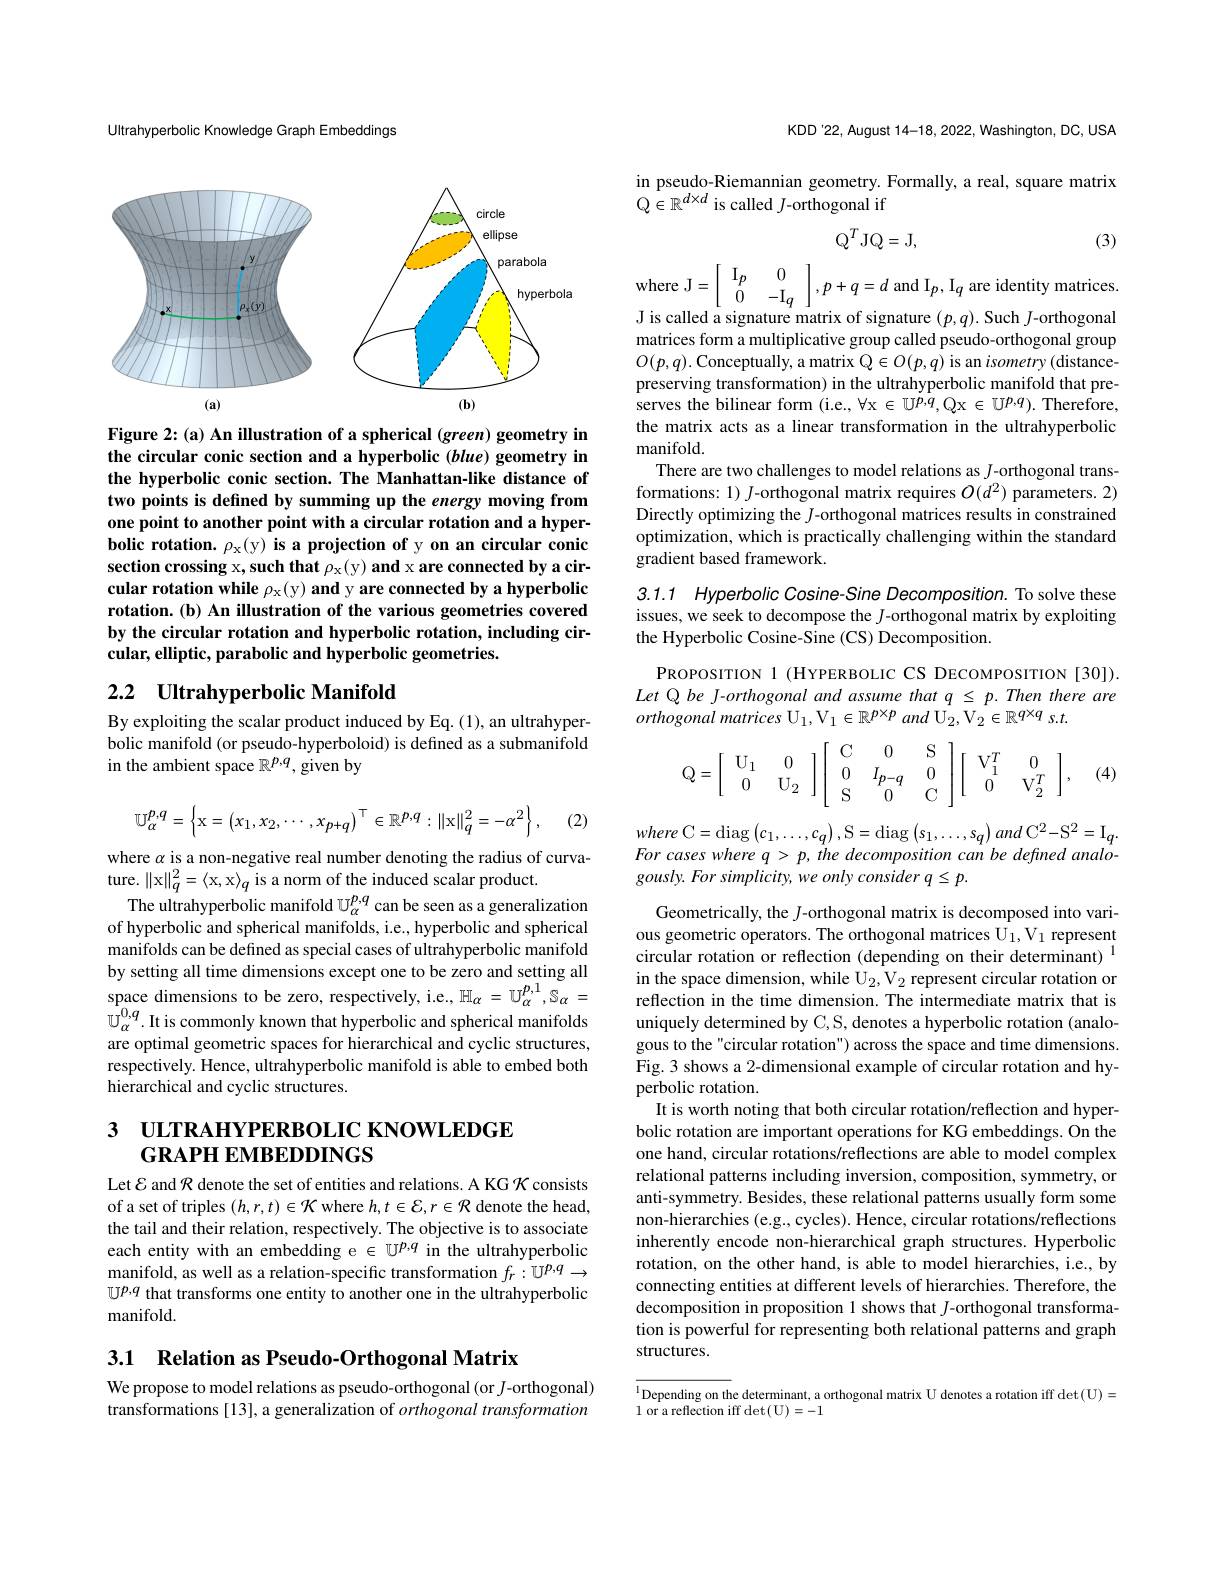
KDD'22, August 14-18, 2022, Washington, DC, USA

in pseudo-Riemannian geometry. Formally, a real, square matrix
$Q\in\mathbb{R}^{d\times d}$ is called $J$-orthogonal if
$$\mathrm{Q}^{T}\mathrm{JQ}=\mathrm{J},$$
(3)

Ultrahyperbolic Knowledge Graph Embeddings

<FigureHere>

Figure 2: (a) An illustration of a spherical (green) geometry in the circular conic section and a hyperbolic (blue) geometry in the hyperbolic conic section. The Manhattan-like distance of two points is defined by summing up the energy moving from one point to another point with a circular rotation and a hyperbolic rotation. $\rho_\mathrm{x}($y) is a projection of y on an circular conic section crossing x, such that $\rho_{\mathrm{x}}($y) and x are connected by a circular rotation while $\rho_{\mathrm{x}}($y) and y are connected by a hyperbolic rotation.(b) An illustration of the various geometries covered by the circular rotation and hyperbolic rotation, including circular, elliptic, parabolic and hyperbolic geometries.

## 2.2 Ultrahyperbolic Manifold

By exploiting the scalar product induced by Eq. (1), an ultrahyperbolic manifold (or pseudo-hyperboloid) is defined as a submanifold in the ambient space $\mathbb{R}^{p,q}$, given by
$$\mathbb{U}_{\alpha}^{p,q}=\left\{\mathrm x=\left(x_1,x_2,\cdots,x_{p+q}\right)^\top\in\mathbb{R}^{p,q}:\|\mathrm x\|_q^2=-\alpha^2\right\},$$
(2)

where $\alpha$ is a non-negative real number denoting the radius of curva-
ture. $\|$x$\|_q^2=\langle$x, x$\rangle_q$ is a norm of the induced scalar product.
The ultrahyperbolic manifold $\mathbb{U}_\alpha^{p,q}$ can be seen as a generalization of hyperbolic and spherical manifolds, i.e., hyperbolic and spherical manifolds can be defined as special cases of ultrahyperbolic manifold by setting all time dimensions except one to be zero and setting all $\underset{0}{\operatorname*{space}}$ dimensions to be zero, respectively, i.e., $\mathbb H_\alpha=U_\alpha^{p,1},\mathbb{S}_\alpha=$ $\dot{\mathbb{U}}_\alpha^{0,q}.$ It is commonly known that hyperbolic and spherical manifolds are optimal geometric spaces for hierarchical and cyclic structures, respectively. Hence, ultrahyperbolic manifold is able to embed both hierarchical and cyclic structures.

# 3 ULTRAHYPERBOLIC KNOWLEDGE GRAPH EMBEDDINGS

Let $\mathcal{E}$ and $\mathcal{R}$ denote the set of entities and relations. A KG $\mathcal{K}$ consists of a set of triples $(h,r,t)\in\mathcal{K}$ where $h,t\in\mathcal{E},r\in\mathcal{R}$ denote the head, the tail and their relation, respectively. The objective is to associate each entity with an embedding e $\in\mathbb{U}^{p,q}$ in the ultrahyperbolic manifold, as well as a relation-specific transformation $f_r:\mathbb{U}^{p,q}\to$ $\mathbb{U}^{p,q}$ that transforms one entity to another one in the ultrahyperbolic manifold.

3.1 Relation as Pseudo-Orthogonal Matrix

We propose to model relations as pseudo-orthogonal (or $J$-orthogonal) transformations [13], a generalization of orthogonal transformation

where J$=\left[\begin{array}{cc}{\mathrm{I}}p&{0}\\{0}&{-\mathrm{I}}q\end{array}\right],p+q=d$ and $\mathrm{I}_p,\mathrm{I}_q$ are identity matrices J is called a signature matrix of signature $(p,q).$ Such $J$-orthogonal matrices form a multiplicative group called pseudo-orthogonal group $O(p,q).$ Conceptually, a matrix Q$\in O(p,q)$ is an isometry(distancepreserving transformation) in the ultrahyperbolic manifold that preserves the bilinear form (i.e., $\forall$x$\in \mathbb{U} ^p, q$,Qx$\in \mathbb{U} ^{p, q}) .$ Therefore, the matrix acts as a linear transformation in the ultrahyperbolic manifold
There are two challenges to model relations as J-orthogonal transformations: 1) $J$-orthogonal matrix requires $O(d^2)$ parameters. 2) Directly optimizing the $J$-orthogonal matrices results in constrained optimization, which is practically challenging within the standard gradient based framework.

3.1.1 Hyperbolic Cosine-Sine Decomposition. To solve these issues, we seek to decompose the $J$-orthogonal matrix by exploiting the Hyperbolic Cosine-Sine (CS) Decomposition.

PROPOSITION 1 (HYPERBOLIC CS DECOMPOSITION[30]). Let Q be J-orthogonal and assume that $q\leq p.Then$ there are orthogonal matrices U$_1,\mathrm{V}_1\in\mathbb{R}^{p\times p}$ and U$_2,\mathrm{V}_2\in\mathbb{R}^{q\times q}$ s.t.

(4)
$$\mathrm Q=\left[\begin{array}{cc}\mathrm U_1&0\\0&\mathrm U_2\end{array}\right]\left[\begin{array}{ccc}\mathrm C&0&\mathrm S\\0&I_{p-q}&0\\\mathrm S&0&\mathrm C\end{array}\right]\left[\begin{array}{ccc}\mathrm V_1^T&0\\0&\mathrm V_2^T\end{array}\right],$$
where C=diag$\left(c_{1},\ldots,c_{q}\right)$,S=diag$\left ( s_{1}, \ldots , s_{q}\right ) and$ $\mathrm{C} ^{2}- \mathrm{S} ^{2}=$I$q.$ For cases where $q>p,the$ decomposition can be defined analogously. For simplicity, we only consider q = p.

Geometrically, the $J$-orthogonal matrix is decomposed into various geometric operators. The orthogonal matrices U$_1,\mathrm{V}_1$ represent circular rotation or reflection (depending on their determinant) $^{1}$ in the space dimension, while $\mathrm{U}_2,\mathrm{V}_2$ represent circular rotation or reflection in the time dimension. The intermediate matrix that is uniquely determined by C,S, denotes a hyperbolic rotation (analogous to the"circular rotation") across the space and time dimensions. Fig. 3 shows a 2-dimensional example of circular rotation and hyperbolic rotation
It is worth noting that both circular rotation/reflection and hyperbolic rotation are important operations for KG embeddings. On the one hand, circular rotations/reflections are able to model complex relational patterns including inversion, composition, symmetry, or anti-symmetry. Besides, these relational patterns usually form some non-hierarchies (e.g., cycles). Hence, circular rotations/reflections inherently encode non-hierarchical graph structures. Hyperbolic rotation, on the other hand, is able to model hierarchies, i.e., by connecting entities at different levels of hierarchies. Therefore, the decomposition in proposition 1 shows that $J$-orthogonal transformation is powerful for representing both relational patterns and graph structures.

$^{1}$Depending on the determinant, a orthogonal matrix U denotes a rotation iff $\det ($U)=
1 or a reflection iff det(U)=-1